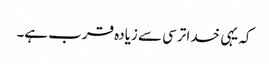
کہ یہی خدا ترسی سے زیادہ قرب ہے۔